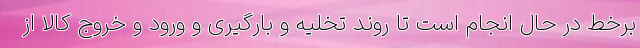
برخط در حال انجام است تا روند تخلیه و بارگیری و ورود و خروج کالا از